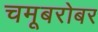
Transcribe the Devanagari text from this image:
चमूबरोबर